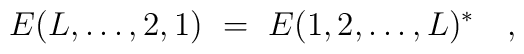
E(L,\ldots,2,1)\ =\ E(1,2,\ldots,L)^* \quad,